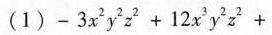
(1)$$- 3 x ^ { 2 } y ^ { 2 } z ^ { 2 } + 1 2 x ^ { 3 } y ^ { 2 } z ^ { 2 } +$$